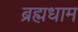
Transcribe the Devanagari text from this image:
ब्रह्मधाम